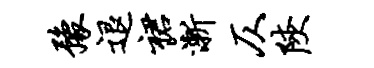
豫退裙渐仄陕